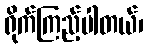
ရိုက်ကြည့်ပါတယ်၊